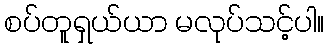
စပ်တူရှယ်ယာ မလုပ်သင့်ပါ။